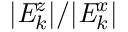
| \mathit { { E } } _ { k } ^ { z } | / | \mathit { { E } } _ { k } ^ { x } |